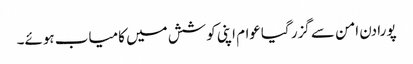
پورا دن امن سے گزر گیاعوام اپنی کوشش میں کامیاب ہوئے۔